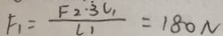
F _ { 1 } = \frac { F _ { 2 } \cdot 3 l _ { 1 } } { l _ { 1 } } = 1 8 0 N